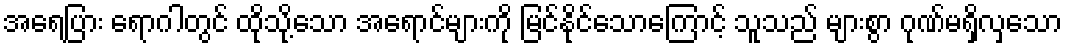
အရေပြား ရောဂါတွင် ထိုသို့သော အရောင်များကို မြင်နိုင်သောကြောင့် သူသည် များစွာ ဂုဏ်မရှိလှသော